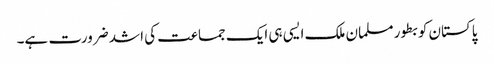
پاکستان کو بطور مسلمان ملک ایسی ہی ایک جماعت کی اشد ضرورت ہے۔